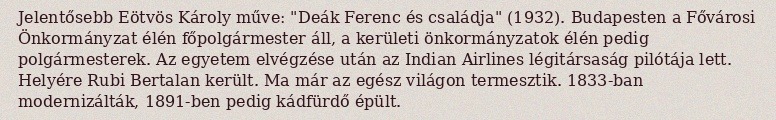
Jelentősebb Eötvös Károly műve: "Deák Ferenc és családja" (1932). Budapesten a Fővárosi Önkormányzat élén főpolgármester áll, a kerületi önkormányzatok élén pedig polgármesterek. Az egyetem elvégzése után az Indian Airlines légitársaság pilótája lett. Helyére Rubi Bertalan került. Ma már az egész világon termesztik. 1833-ban modernizálták, 1891-ben pedig kádfürdő épült.